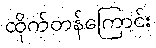
ထိုက်တန်ကြောင်း